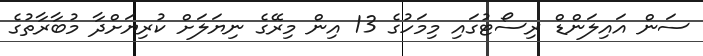
ސަން އައިލަންޑް ރިސޯޓުގައި މިމަހުގެ 13 އިން މިރޭގެ ނިޔަލަށް ކުރިޔަށްދާ މުބާރާތުގެ